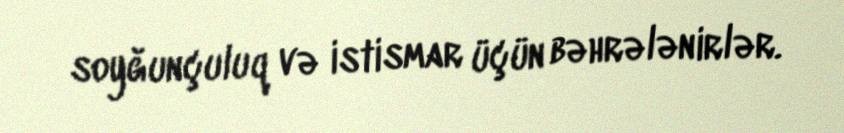
soyğunçuluq və istismar üçün bəhrələnirlər.